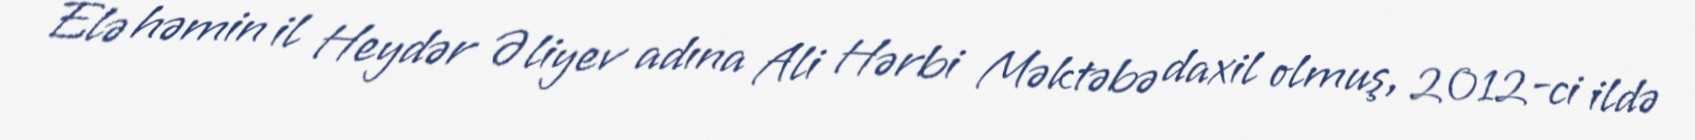
Elə həmin il Heydər Əliyev adına Ali Hərbi Məktəbə daxil olmuş, 2012-ci ildə